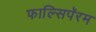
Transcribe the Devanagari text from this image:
फाल्सिपॅरम